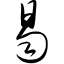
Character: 曷